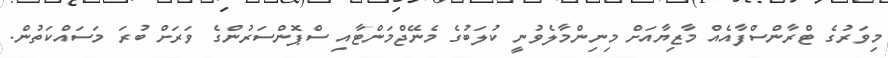
މިވަރުގެ ޓްރާންސްފާއެއް މާޒިޔާއަށް މިނިންމާލެވުނީ ކުލަބުގެ މެނޭޖްމަންޓާއި ސްޕޮންސަރުންގެ ވަރަށް ބުރަ މަސައްކަތުން.